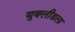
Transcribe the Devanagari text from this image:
युक्लीडला